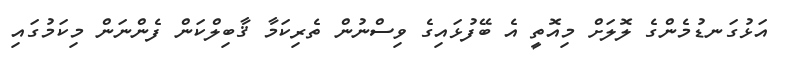
އަޅުގަނޑުމެންގެ ލޮލަށް މިއޮތީ އެ ބޭފުޅައިގެ ވިސްނުން ތެރިކަމާ ޤާބިލްކަން ފެންނަން މިކަމުގައި